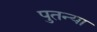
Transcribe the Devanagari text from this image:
पुतन्या